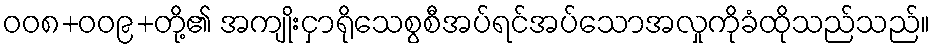
ဝဝ၈+ဝဝ၉+တို့၏ အကျိုးငှာရိုသေစွစီအပ်ရင်အပ်သောအလှုကိုခံထိုသည်သည်။